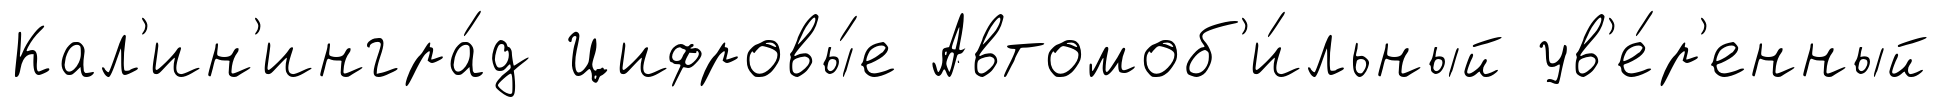
Кал'ин'ингра́д Цифровы́е Автомоб'и́льный ув'е́р'енный